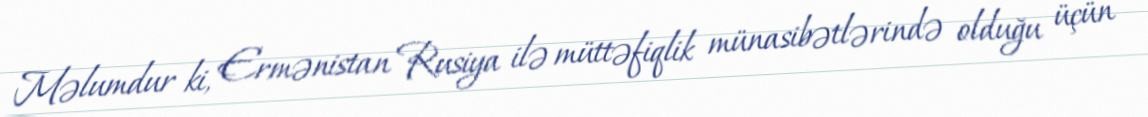
Məlumdur ki, Ermənistan Rusiya ilə müttəfiqlik münasibətlərində olduğu üçün